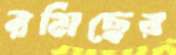
রমিছের